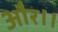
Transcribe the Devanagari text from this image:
और।।